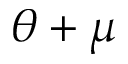
\theta + \mu